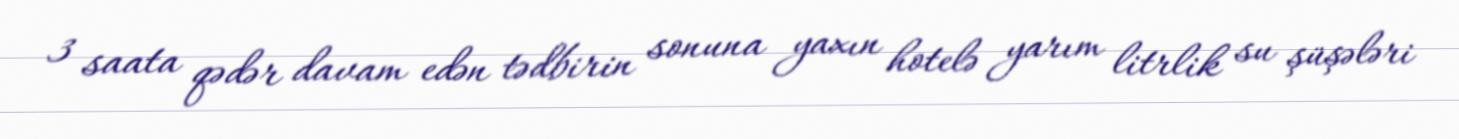
3 saata qədər davam edən tədbirin sonuna yaxın hotelə yarım litrlik su şüşələri